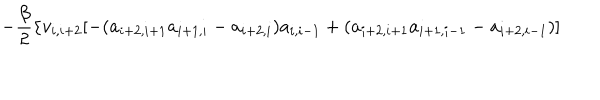
LaTeX: - \frac { \beta } { 2 } \{ v _ { i , i + 2 } [ - ( a _ { i + 2 , i + 1 } a _ { i + 1 , i } - a _ { i + 2 , i } ) a _ { i , i - 1 } + ( a _ { i + 2 , i + 1 } a _ { i + 1 , i - 1 } - a _ { i + 2 , i - 1 } ) ]